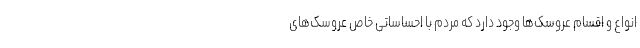
انواع و اقسام عروسک‌ها وجود دارد که مردم با احساساتی خاص عروسک‌های